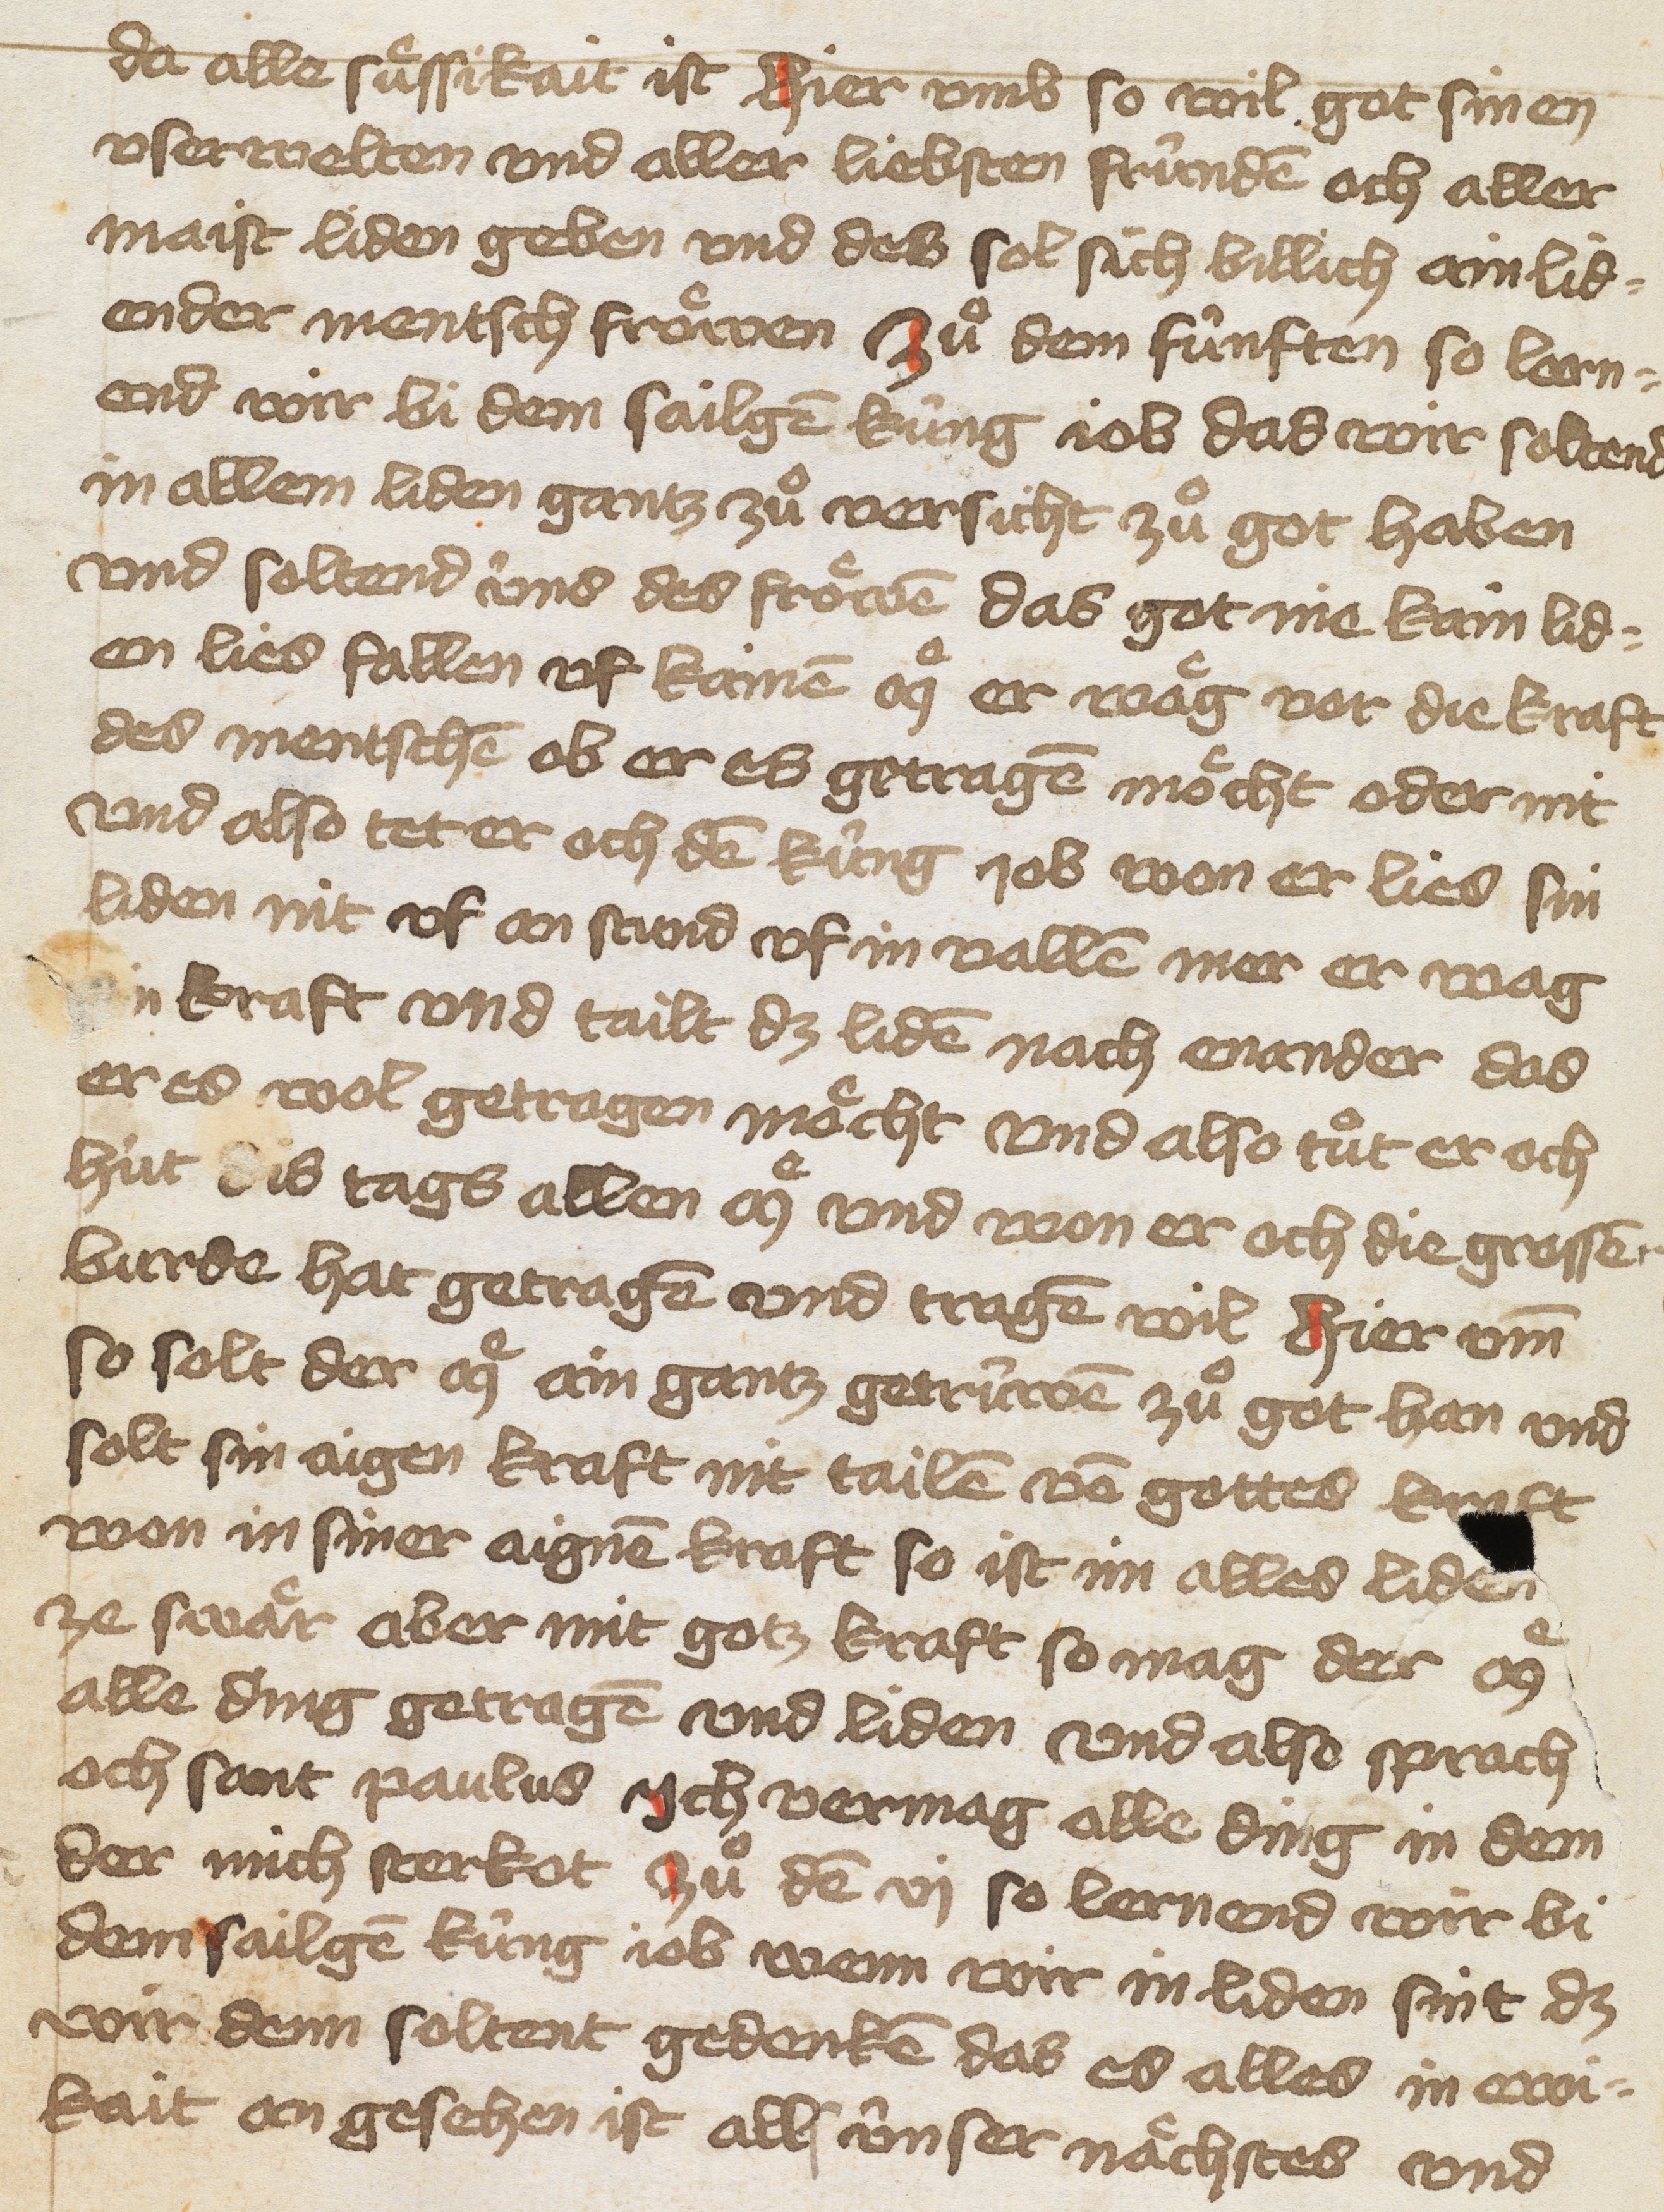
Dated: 1400–1499